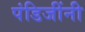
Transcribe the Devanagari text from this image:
पंडिजींनी